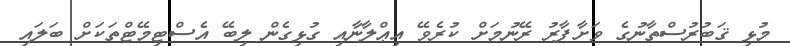
މުޅި ޤަބުރުސްތާނުގެ ވަށާފާރު ރޭނުމަށް ކުރެވޭ އިޢްލާނާއި ގުޅިގެން ލިބޭ އެސްޓިމޭޓްތަކަށް ބަލައި